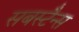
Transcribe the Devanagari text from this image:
सबस्टैन्स